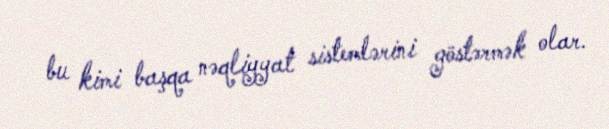
bu kimi başqa nəqliyyat sistemlərini göstərmək olar.